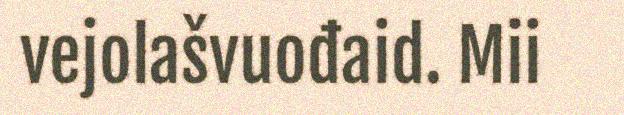
vejolašvuođaid. Mii